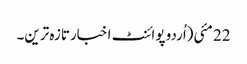
22 مئی(اُردو پوائنٹ اخبارتازہ ترین۔